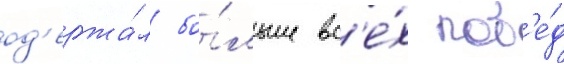
од'ержа́л бо́льше вс'е́х поб'е́д